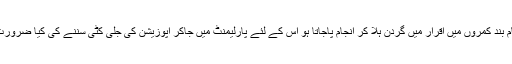
جو کام بند کمروں میں اقرار میں گردن ہلا کر انجام پاجاتا ہو اس کے لئے پارلیمنٹ میں جاکر اپوزیشن کی جلی کٹی سننے کی کیا ضرورت ہے۔